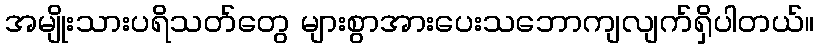
အမျိုးသားပရိသတ်တွေ များစွာအားပေးသဘောကျလျက်ရှိပါတယ်။